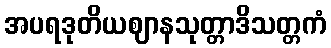
အပရဒုတိယဈာနသုတ္တာဒိသတ္တကံ